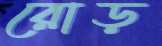
রোড়